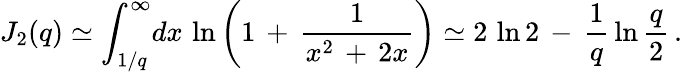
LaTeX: J_{2}(q)\simeq\int_{1/q}^{\infty}\! dx\, \ln\left(1\, +\, \frac{1}{x^{2}\, +\, 2x}\right)\simeq 2\, \ln 2\, -\, \frac{1}{q}\, \ln\frac{q}{2}\, {.}